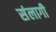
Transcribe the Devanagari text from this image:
संलागी